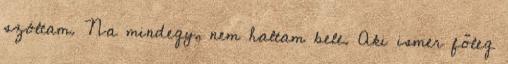
szóltam. Na mindegy, nem haltam bele. Aki ismer főleg